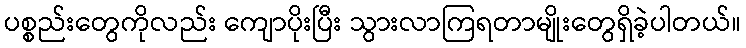
ပစ္စည်းတွေကိုလည်း ကျောပိုးပြီး သွားလာကြရတာမျိုးတွေရှိခဲ့ပါတယ်။